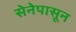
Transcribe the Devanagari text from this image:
सेनेपासून